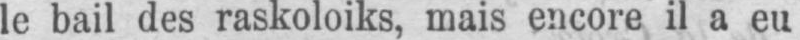
le bail des raskoloiks, mais encore il a eu